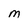
Character: M